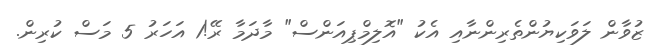
ޒުވާން ލަވަކިޔުންތެރިންނާއި އެކު "އޮލިމްޕިއަންސް" މާދަމާ ރޭ!1 އަހަރު 5 މަސް ކުރިން.